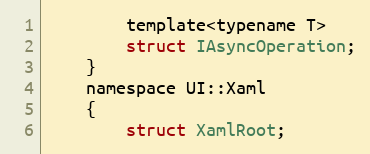
Language: C
        template<typename T>
        struct IAsyncOperation;
    }
    namespace UI::Xaml
    {
        struct XamlRoot;